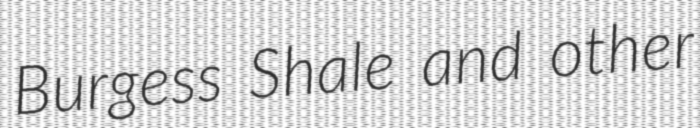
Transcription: Burgess Shale and other